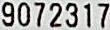
9072317